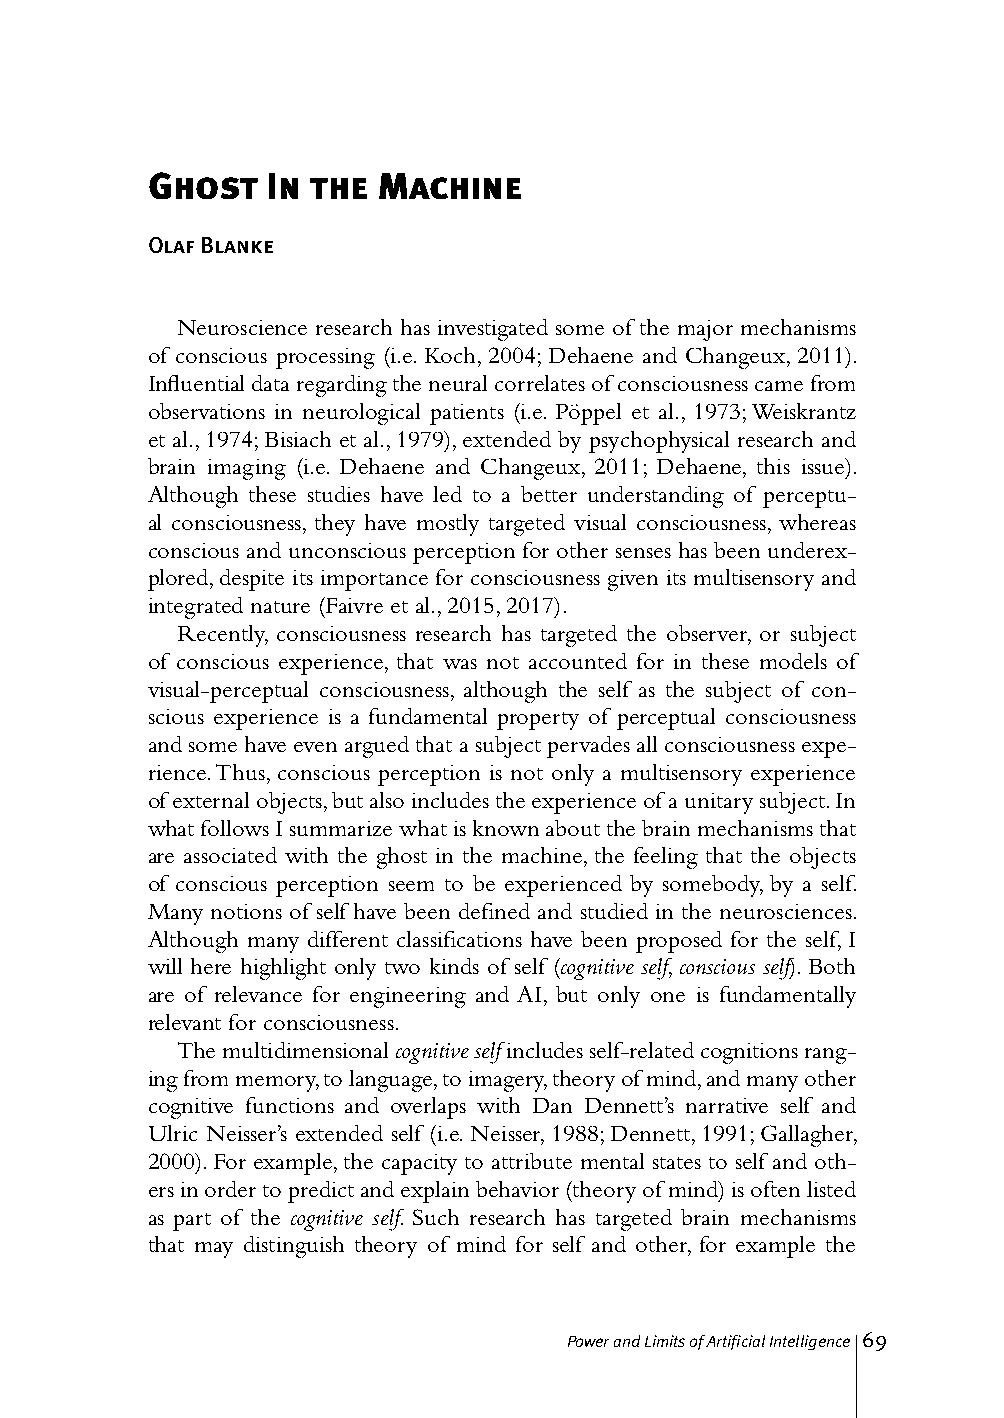
Ghost   In the Machine
 Olaf Blanke
 Neuroscience research has investigated some of the major mechanisms
 of conscious processing (i.e. Koch, 2004; Dehaene and Changeux, 2011).
 Influential data regarding the neural correlates of consciousness came from
 observations in neurological patients (i.e. Pöppel et al., 1973; Weiskrantz
 et al., 1974; Bisiach et al., 1979), extended by psychophysical research and
 brain imaging (i.e. Dehaene and Changeux, 2011; Dehaene, this issue).
 Although these studies have led to a better understanding of perceptu-
 al consciousness, they have mostly targeted visual consciousness, whereas
 conscious and unconscious perception for other senses has been underex-
 plored, despite its importance for consciousness given its multisensory and
 integrated nature (Faivre et al., 2015, 2017).
 Recently, consciousness research has targeted the observer, or subject
 of conscious experience, that was not accounted for in these models of
 visual-perceptual consciousness, although the self as the subject of con-
 scious experience is a fundamental property of perceptual consciousness
 and some have even argued that a subject pervades all consciousness expe-
 rience. Thus, conscious perception is not only a multisensory experience
 of external objects, but also includes the experience of a unitary subject. In
 what follows I summarize what is known about the brain mechanisms that
 are associated with the ghost in the machine, the feeling that the objects
 of conscious perception seem to be experienced by somebody, by a self.
 Many notions of self have been defined and studied in the neurosciences.
 Although many different classifications have been proposed for the self, I
 will here highlight only two kinds of self (cognitive self, conscious self). Both
 are of relevance for engineering and AI, but only one is fundamentally
 relevant for consciousness.
 The multidimensional cognitive self includes self-related cognitions rang-
 ing from memory, to language, to imagery, theory of mind, and many other
 cognitive functions and overlaps with Dan Dennett’s narrative self and
 Ulric Neisser’s extended self (i.e. Neisser, 1988; Dennett, 1991; Gallagher,
 2000). For example, the capacity to attribute mental states to self and oth-
 ers in order to predict and explain behavior (theory of mind) is often listed
 as part of the cognitive self. Such research has targeted brain mechanisms
 that may distinguish theory of mind for self and other, for example the
 Power and Limits of Artificial Intelligence 69